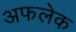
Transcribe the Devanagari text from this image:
अफलेक